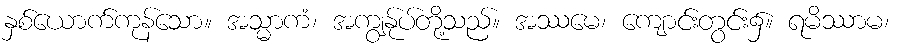
နှစ်ယောက်ကုန်သော။ အသ္မာကံ၊ အကျွန်ုပ်တို့သည်။ အဿမေ၊ ကျောင်းတွင်း၌။ ရမိဿာမ၊